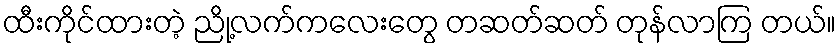
ထီးကိုင်ထားတဲ့ ညို့လက်ကလေးတွေ တဆတ်ဆတ် တုန်လာကြ တယ်။